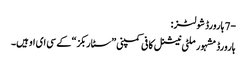
-7 ہارورڈ شولٹز:
ہارورڈ مشہور ملٹی نیشنل کافی کمپنی ”سٹاربکز“ کے سی ای او ہیں۔